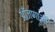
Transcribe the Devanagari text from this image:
आँजणाओं